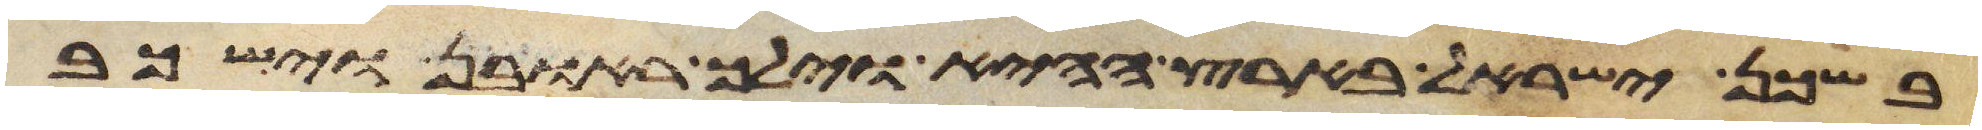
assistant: בשכן ישראל בארץ ההיא וילך ראובן וישכב